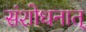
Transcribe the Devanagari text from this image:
संशोधनात्